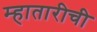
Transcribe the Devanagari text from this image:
म्हातारीची